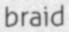
braid